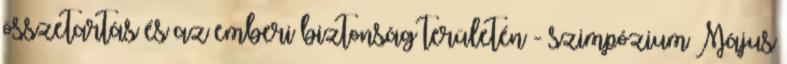
összetartás és az emberi biztonság területén - szimpózium Május